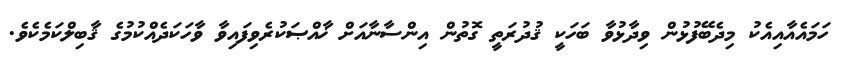
ހަމައެއާއިއެކު މިދެބޭފުޅުން ވިދާޅުވާ ބަހަކީ ޤުދުރަތީ ގޮތުން އިންސާނާއަށް ޚާއްޞަކުރެވިފައިވާ ވާހަކަދެއްކުމުގެ ޤާބިލްކަމެކެވެ.